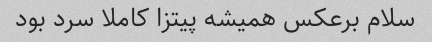
سلام برعکس همیشه پیتزا کاملا سرد بود